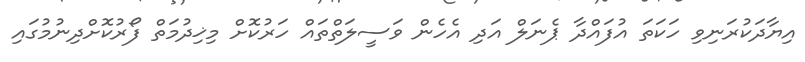
އިޔާދަކުރަނިވި ހަކަތަ އުފައްދާ ޕެނަލް އަދި އެހެން ވަސީލަތްތައް ހަރުކޮށް މިޚިދުމަތް ފޯރުކޮށްދިނުމުގައި